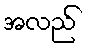
အလည်